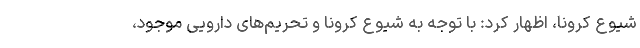
شیوع کرونا، اظهار کرد: با توجه به شیوع کرونا و تحریم‌های دارویی موجود،